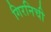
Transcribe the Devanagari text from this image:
गिरनिची